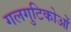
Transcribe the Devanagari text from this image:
गलगुटिकोओं